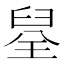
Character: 𮍪